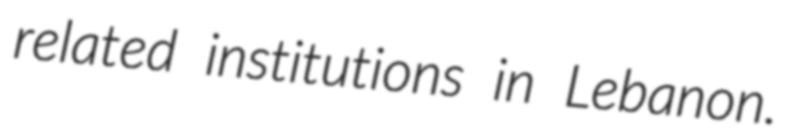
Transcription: related institutions in Lebanon.